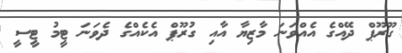
ގޫރޫޕް ދޭއްގެ އެއްވަނަ މާޒިޔާ އާއި ގުރޫޕް އެކެއްގެ ދެވަނަ ޓީމު ޓީސީ